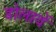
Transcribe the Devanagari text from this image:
डोलावें